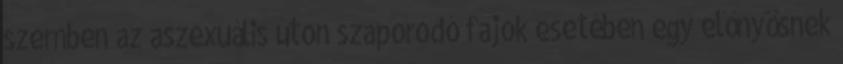
szemben az aszexuális úton szaporodó fajok esetében egy előnyösnek